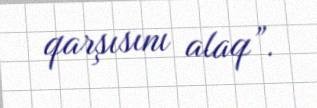
qarşısını alaq”.